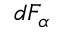
d F _ { \alpha }